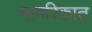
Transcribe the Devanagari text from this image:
नागरिकात